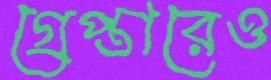
গ্রেপ্তারেও